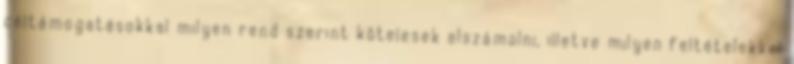
céltámogatásokkal milyen rend szerint kötelesek elszámolni, illetve milyen feltételekkel